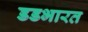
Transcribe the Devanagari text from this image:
डडभारत